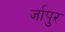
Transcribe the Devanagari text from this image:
र्जापुर